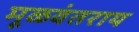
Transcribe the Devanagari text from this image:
मूळवंतराय